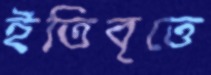
ইতিবৃত্তে